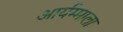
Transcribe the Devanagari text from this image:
आर्यम्माला